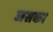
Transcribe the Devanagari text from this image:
जसका